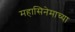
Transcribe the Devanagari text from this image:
महासिनेमाच्या